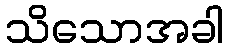
သိသောအခါ